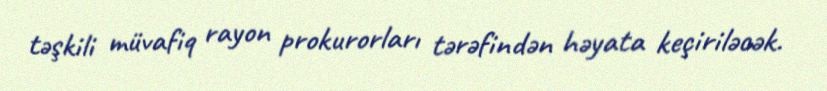
təşkili müvafiq rayon prokurorları tərəfindən həyata keçiriləcək.